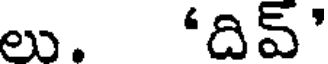
లు. 'దివ్'